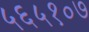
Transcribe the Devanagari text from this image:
५६५१०७